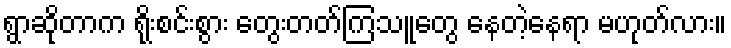
ရွာဆိုတာက ရိုးစင်းစွား တွေးတတ်ကြသူတွေ နေတဲ့နေရာ မဟုတ်လား။